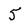
Character: 5